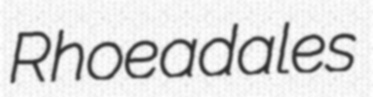
Rhoeadales